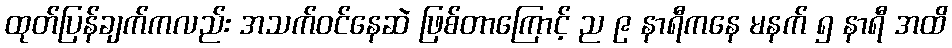
ထုတ်ပြန်ချက်ကလည်း အသက်ဝင်နေဆဲ ဖြစ်တာကြောင့် ည ၉ နာရီကနေ မနက် ၅ နာရီ အထိ